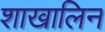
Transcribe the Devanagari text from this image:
शाखालिन